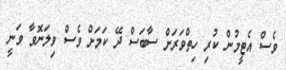
ވެސް އެޓީމުން ކުރި ހިތްވަރަށް ސާބަސް ދޭ ކަމަށް ވެސް ވިލަނޮވާ ވަނީ